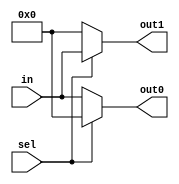
`timescale 1ns / 1ps
//////////////////////////////////////////////////////////////////////////////////
// Company: 
// Engineer: 
// 
// Design Name: 
// Module Name: demux
// Project Name: 
// Target Devices: 
// Tool Versions: 
// Description: 
// 
// Dependencies: 
// 
// Revision:
// Revision 0.01 - File Created
// Additional Comments:
// 
//////////////////////////////////////////////////////////////////////////////////


module demux(
    input [7:0] in,
    input  sel,
    output reg[7:0] out0,
    output reg[7:0] out1
    );
    always@(*)begin
        if (sel)begin
            out1 = in;
            out0 = 0;
            end
        else begin
            out0 = in;
            out1 =0;
            end
     end
endmodule